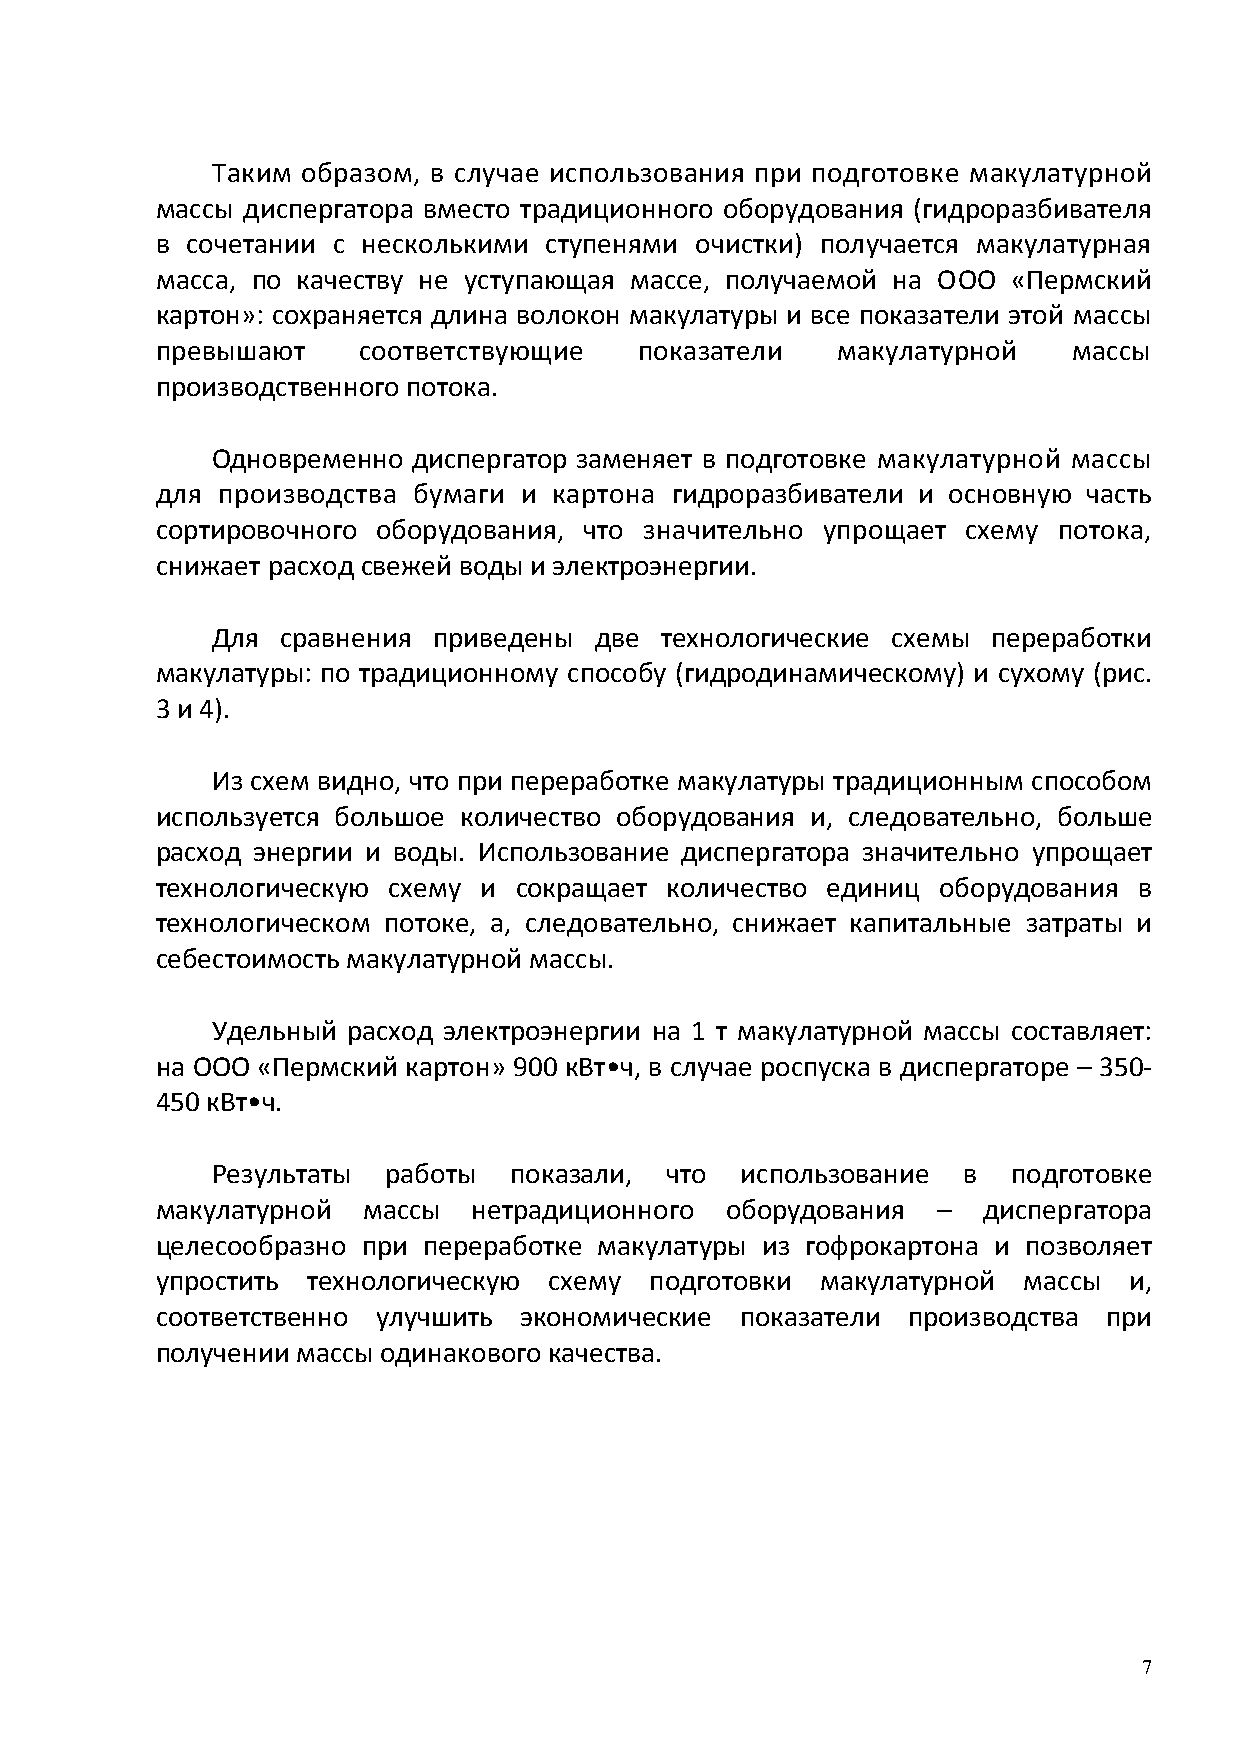
Таким образом, в случае использования при подготовке макулатурной
 массы диспергатора вместо традиционного оборудования (гидроразбивателя
 в сочетании с несколькими ступенями очистки) получается макулатурная
 масса, по качеству не уступающая массе, получаемой на ООО «Пермский
 картон»: сохраняется длина волокон макулатуры и все показатели этой массы
 превышают     соответствующие   показатели   макулатурной    массы
 производственного потока.
 Одновременно диспергатор заменяет в подготовке макулатурной массы
 для производства бумаги и  картона гидроразбиватели и основную часть
 сортировочного оборудования, что значительно упрощает схему потока,
 снижает расход свежей воды и электроэнергии.
 Для  сравнения приведены две  технологические схемы переработки
 макулатуры: по традиционному способу (гидродинамическому) и сухому (рис.
 3 и 4).
 Из схем видно, что при переработке макулатуры традиционным способом
 используется большое количество оборудования и, следовательно, больше
 расход энергии и воды. Использование диспергатора значительно упрощает
 технологическую схему и сокращает количество единиц оборудования в
 технологическом потоке, а, следовательно, снижает капитальные затраты и
 себестоимость макулатурной массы.
 Удельный расход электроэнергии на 1 т макулатурной массы составляет:
 на ООО «Пермский картон» 900 кВт•ч, в случае роспуска в диспергаторе – 350-
 450 кВт•ч.
 Результаты  работы  показали, что  использование  в  подготовке
 макулатурной  массы  нетрадиционного  оборудования  –  диспергатора
 целесообразно при переработке макулатуры из гофрокартона и позволяет
 упростить технологическую схему  подготовки макулатурной  массы  и,
 соответственно улучшить экономические  показатели производства при
 получении массы одинакового качества.
 7